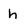
Character: h